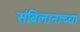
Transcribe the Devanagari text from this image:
संबिलानाच्या